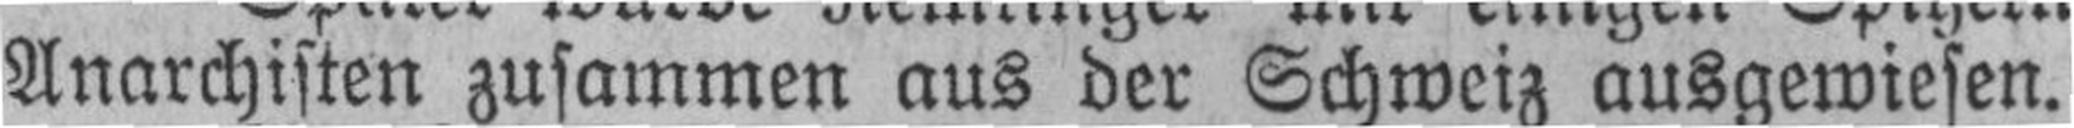
Anarchisten zusammen aus der Schweiz ausgewiesen.